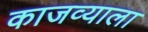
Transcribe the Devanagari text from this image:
काजव्याला